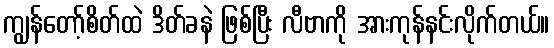
ကျွန်တော့်စိတ်ထဲ ဒိတ်ခနဲ ဖြစ်ပြီး လီဗာကို အားကုန်နင်းလိုက်တယ်။